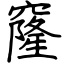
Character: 窿